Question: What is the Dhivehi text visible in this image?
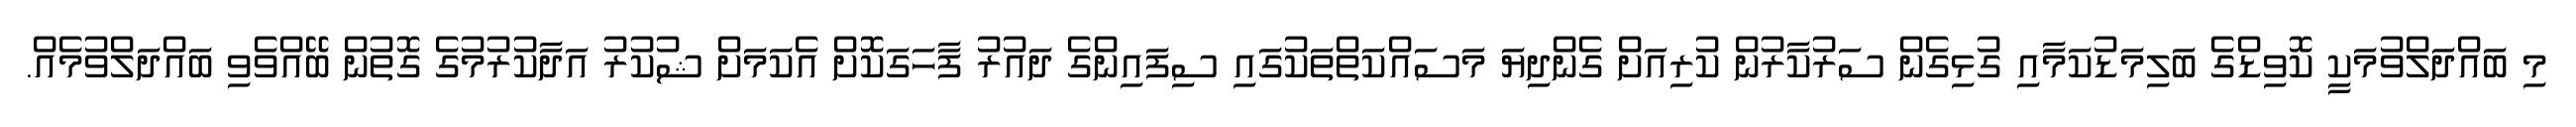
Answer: މި ބައްދަލްވުމަކީ ކޮވިޑްގެ ބަލިމަޑުކަމާއި ގުޅިގެން ސަރުކާރުން ކުރިއަށް ގެންދިޔަ މަސައްކަތްތަކުގައި ސިފައިންގެ ދައުރު ފާހަގަކޮށް އެކަމަށް ޝުކުރު އަދާކުރުމުގެ ގޮތުން ބޭއްވެވި ބައްދަލްވުމެއް.